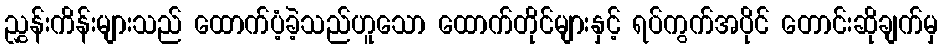
ညွှန်းကိန်းများသည် ထောက်ပံ့ခဲ့သည်ဟူသော ထောက်တိုင်များနှင့် ရပ်ကွက်အပိုင် တောင်းဆိုချက်မှ